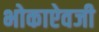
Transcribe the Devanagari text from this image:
भोकाऐवजी